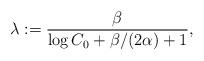
LaTeX: \begin{align*}\lambda:=\frac{\beta}{\log C_0+\beta/(2\alpha)+1},\end{align*}